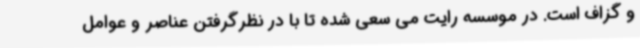
و گزاف است. در موسسه رایت می سعی شده تا با در نظرگرفتن عناصر و عوامل